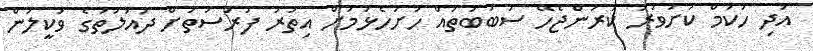
އަދި ހުކުމް ކަށަވަރު ކުރަންޖެހޭ ސަބަބުތައް ހުށަހެޅުމަށް އިތުރު ފުރުސަތަށް ދައުލަތުގެ ވަކީލުން